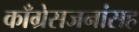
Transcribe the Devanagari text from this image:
काँग्रेसजनांसह